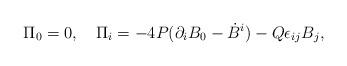
LaTeX: \begin{align*}\Pi_0=0,~~~\Pi_i=-4P(\partial_iB_0-\dot B^i)-Q\epsilon_{ij}B_j,\end{align*}